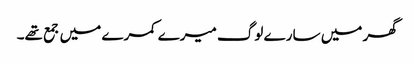
گھر میں سارے لوگ میرے کمرے میں جمع تھے۔